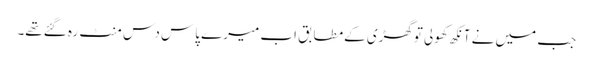
جب میں نے آنکھ کھولی توگھڑی کےمطابق اب میرے پاس دس منٹ رہ گئےتھے۔